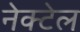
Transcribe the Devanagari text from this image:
नेक्टेल